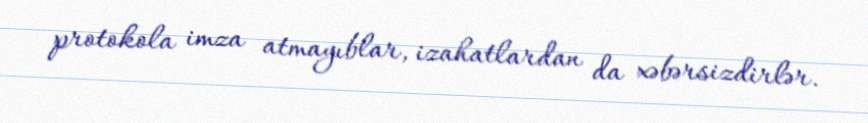
protokola imza atmayıblar, izahatlardan da xəbərsizdirlər.